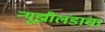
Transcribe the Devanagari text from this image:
न्यूझीलंडाचा